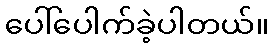
ပေါ်ပေါက်ခဲ့ပါတယ်။